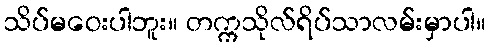
သိပ်မဝေးပါဘူး။ တက္ကသိုလ်ရိပ်သာလမ်းမှာပါ။